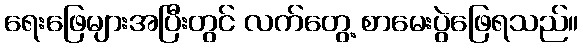
ရေးဖြေများအပြီးတွင် လက်တွေ့ စာမေးပွဲဖြေရသည်။